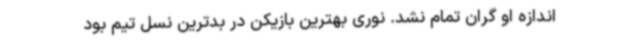
اندازه او گران تمام نشد. نوری بهترین بازیکن در بدترین نسل تیم بود